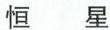
恒星